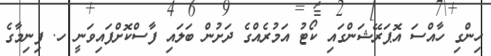
ހިންގި ހާއްސަ އޮޕަރޭޝަންގައި ކޯޓު އަމުރެއްގެ ދަށުން ބަަލައި ފާސްކޮށްފައިވަނީ ހ. ފިނިމާގެ